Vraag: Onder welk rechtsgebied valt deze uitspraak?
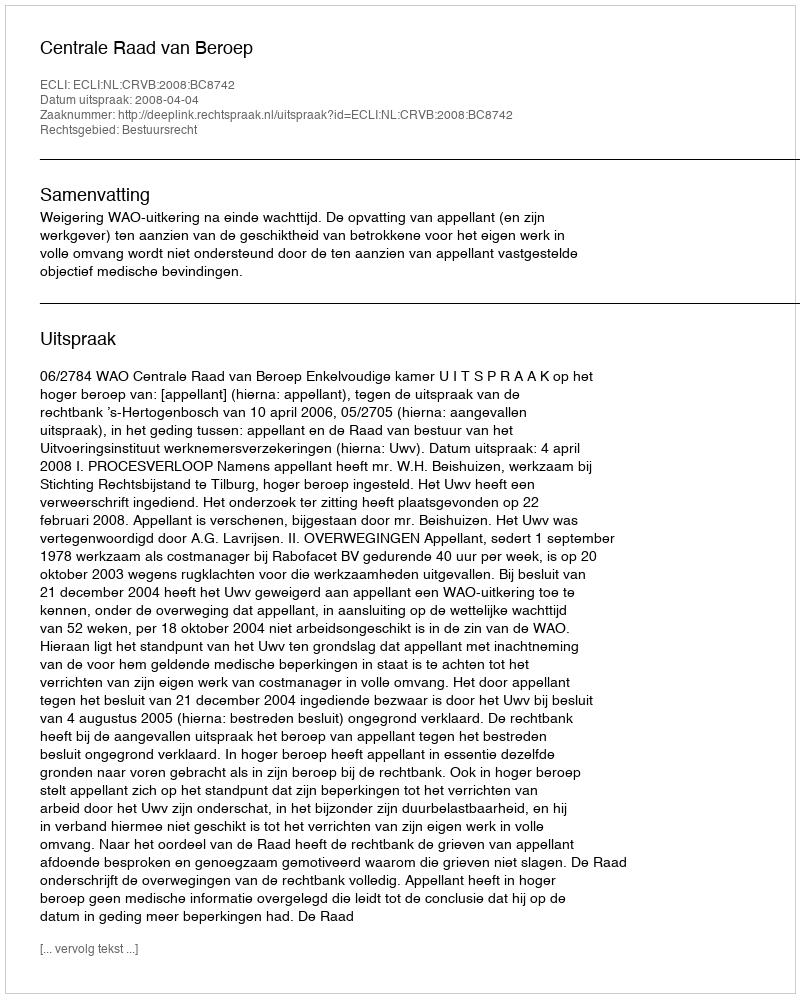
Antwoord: Bestuursrecht